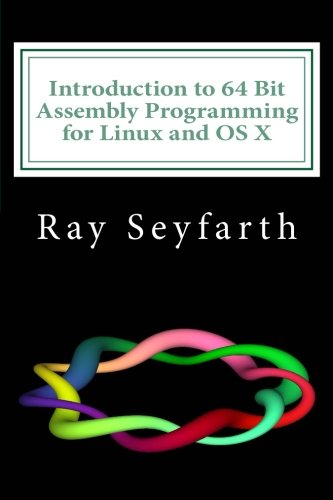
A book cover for Introduction to 64 Bit Assembly Programming for Linux and OS X: Third Edition - for Linux and OS X; Ray Seyfarth; Computers & Technology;